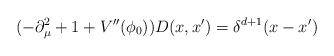
LaTeX: \begin{align*}(-\partial ^2_\mu +1+V''(\phi _0))D(x,x')=\delta ^{d+1}(x-x')\end{align*}